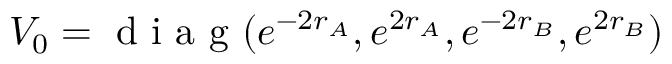
V _ { 0 } = \mathrm { ~ d ~ i ~ a ~ g ~ } ( e ^ { - 2 r _ { A } } , e ^ { 2 r _ { A } } , e ^ { - 2 r _ { B } } , e ^ { 2 r _ { B } } )